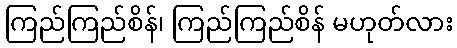
ကြည်ကြည်စိန်၊ ကြည်ကြည်စိန် မဟုတ်လား